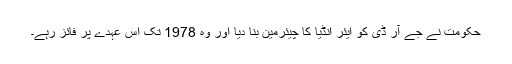
حکومت نے جے آر ڈی کو ایئر انڈیا کا چیئرمین بنا دیا اور وہ 1978 تک اس عہدے پر فائز رہے۔